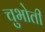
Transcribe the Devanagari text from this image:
चुभोती